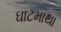
ઘાટમાથા